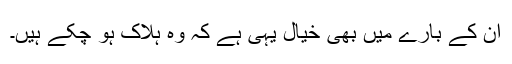
ان کے بارے ميں بھی خيال يہی ہے کہ وہ ہلاک ہو چکے ہيں۔